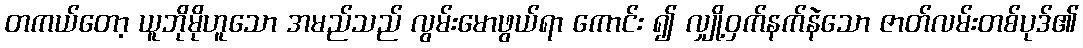
တကယ်တော့ ယူဘိုမိုဟူသော အမည်သည် လွမ်းမောဖွယ်ရာ ကောင်း ၍ လျှို့ဝှက်နက်နဲသော ဇာတ်လမ်းတစ်ပုဒ်၏